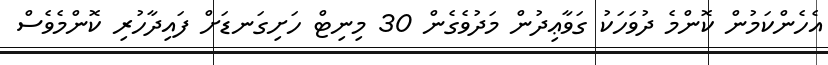
އެހެންކަމުން ކޮންމެ ދުވަހަކު ގަވާޢިދުން މަދުވެގެން 30 މިނިޓް ހަށިގަނޑަށް ފައިދާހުރި ކޮންމެވެސް